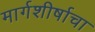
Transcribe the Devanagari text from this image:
मार्गशीर्षाचा